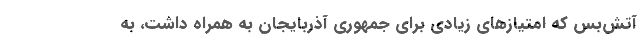
آتش‌بس که امتیاز‌های زیادی برای جمهوری آذربایجان به همراه داشت،‌ به